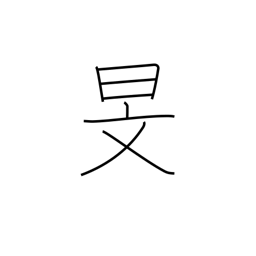
Meaning: the autumn sky